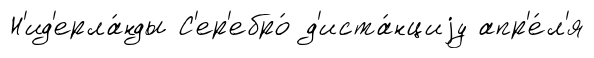
Н'ид'ерла́нды С'ер'ебро́ д'иста́нциjу апр'е́л'я